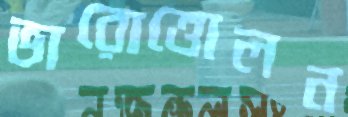
ভারোত্তোলন